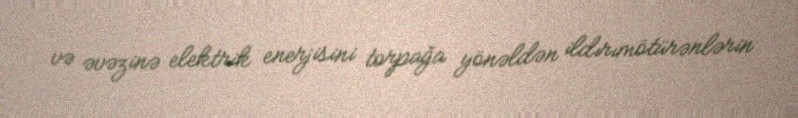
və əvəzinə elektrik enerjisini torpağa yönəldən ildırımötürənlərin